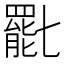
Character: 𠤩